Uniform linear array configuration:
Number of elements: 4
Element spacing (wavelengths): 0.25
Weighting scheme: hamming
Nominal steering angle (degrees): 0
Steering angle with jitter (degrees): -1.912
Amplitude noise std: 0.05
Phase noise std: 0.05

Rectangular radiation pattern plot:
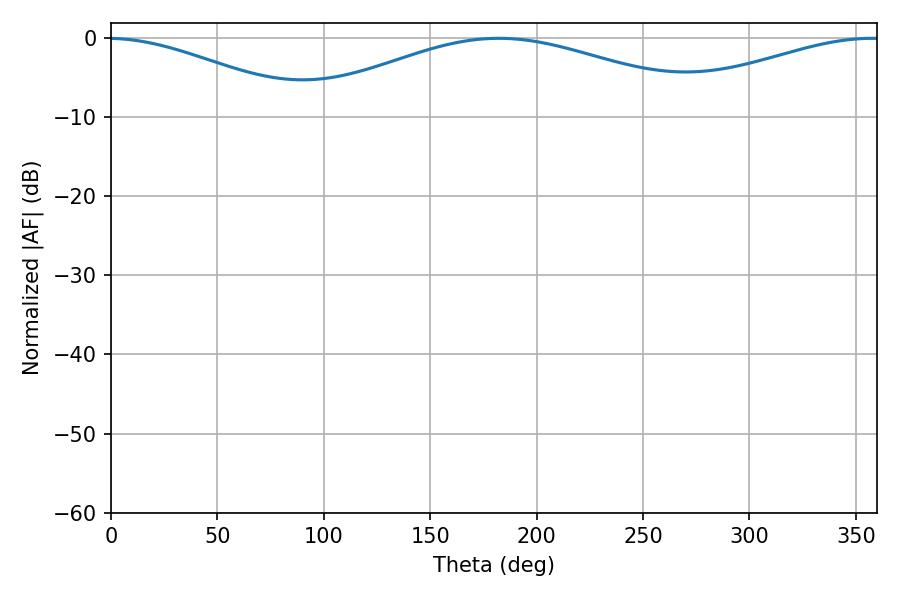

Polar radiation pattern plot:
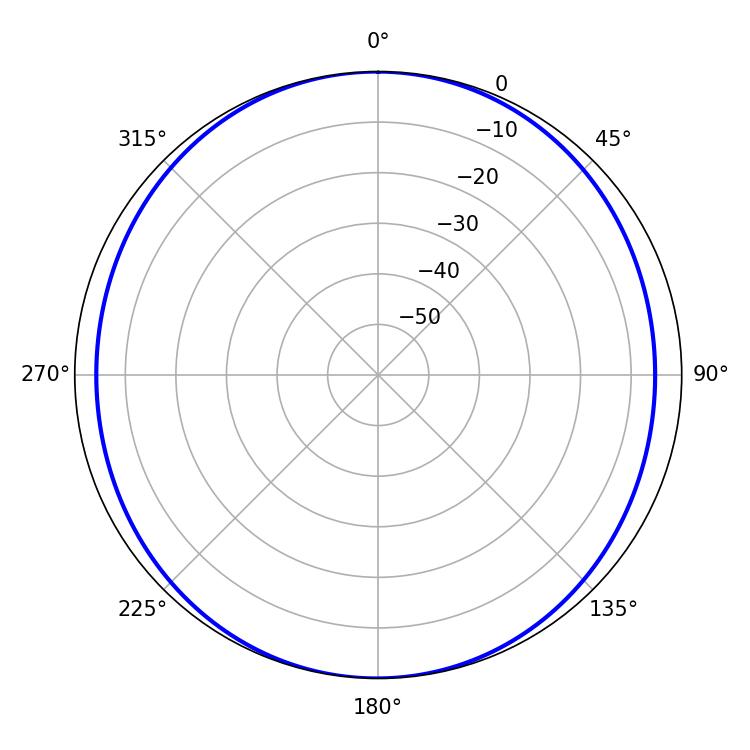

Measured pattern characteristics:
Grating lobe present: FALSE
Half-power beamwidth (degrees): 107.1
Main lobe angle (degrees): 182.16